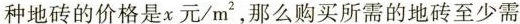
种地砖的价格是x元/m2，那么购买所需的地砖至少需